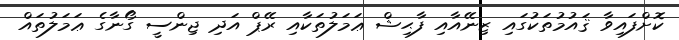
ކޮށްފައިވާ ޤައުމުތަކުގައި ޒިނޭއާއި ފާޙިޝް ޢަމަލުތަކާއި ރޭޕް އަދި ޖިންސީ ގޯނާގެ ޢަމަލުތައް